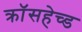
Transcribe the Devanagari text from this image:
क्रॉसहेच्ड